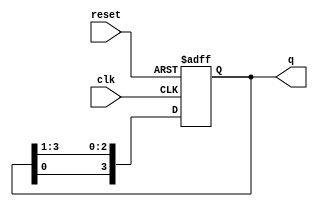
module ring_cnt(
    input clk,
    input reset,
    output reg [3:0] q
);

always @ (posedge clk or negedge reset) begin
    if(!reset)
        q <= 4'b0001;
    else begin
        q[3] <= q[0];
        q[2] <= q[3];
        q[1] <= q[2];
        q[0] <= q[1];
    end
end
endmodule